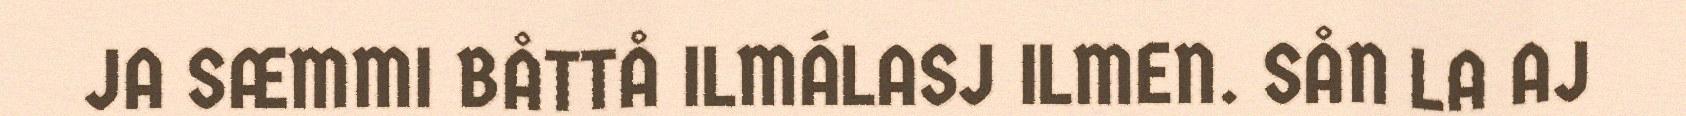
JA SÆMMI BÅTTÅ ILMÁLASJ ILMEN. SÅN LA AJ